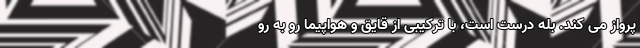
پرواز می کند. بله درست است، با ترکیبی از قایق و هواپیما رو به رو